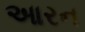
આરન